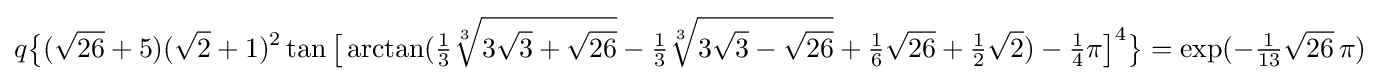
q{\bigl \{}({\sqrt {26}}+5)({\sqrt {2}}+1)^{2}\tan {\bigl [}\arctan({\tfrac {1}{3}}{\sqrt[{3}]{3{\sqrt {3}}+{\sqrt {26}}}}-{\tfrac {1}{3}}{\sqrt[{3}]{3{\sqrt {3}}-{\sqrt {26}}}}+{\tfrac {1}{6}}{\sqrt {26}}+{\tfrac {1}{2}}{\sqrt {2}})-{\tfrac {1}{4}}\pi {\bigr ]}^{4}{\bigr \}}=\exp(-{\tfrac {1}{13}}{\sqrt {26}}\,\pi )